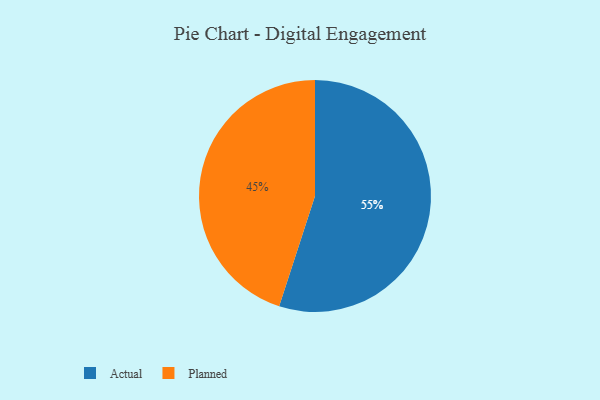
{"axis": {"x": "Category", "y": "Percentage"}, "legend": ["Actual", "Planned"], "data": [{"x": "Actual", "y": 55, "type": "Actual"}, {"x": "Planned", "y": 45, "type": "Planned"}]}